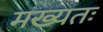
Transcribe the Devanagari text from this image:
मख्यतः